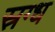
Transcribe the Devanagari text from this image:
स्रग्ध